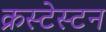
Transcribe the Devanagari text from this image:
क्रस्टेस्टन